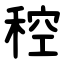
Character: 䅝